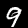
Label: 9